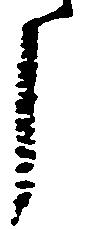
了